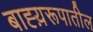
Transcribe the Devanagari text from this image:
बाह्य़रूपातील